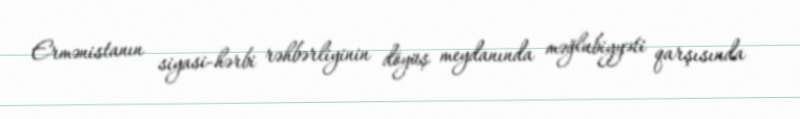
Ermənistanın siyasi-hərbi rəhbərliyinin döyüş meydanında məğlubiyyəti qarşısında